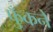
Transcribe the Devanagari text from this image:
फुँकने